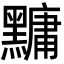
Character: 𪒒